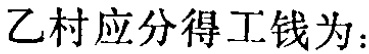
乙村应分得工钱为：